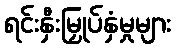
ရင်းနှီးမြှုပ်နှံမှုများ